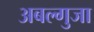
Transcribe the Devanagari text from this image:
अबल्गुजा